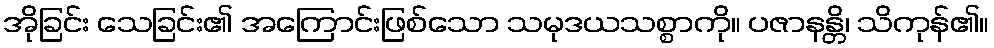
အိုခြင်း သေခြင်း၏ အကြောင်းဖြစ်သော သမုဒယသစ္စာကို။ ပဇာနန္တိ၊ သိကုန်၏။